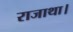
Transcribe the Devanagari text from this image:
राजाथा।